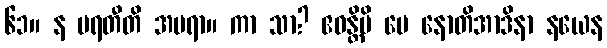
၆၁။ န မရတီတိ အမရာ။ ကာ သာ? ဧဝန္တိပိ မေ နောတိအာဒိနာ နယေန